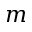
m